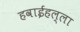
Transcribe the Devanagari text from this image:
हवाईहल्ला